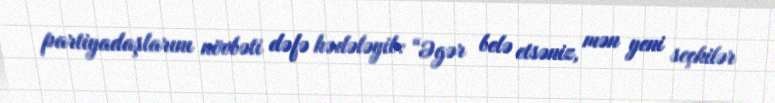
partiyadaşlarını növbəti dəfə hədələyib: “Əgər belə etsəniz, mən yeni seçkilər